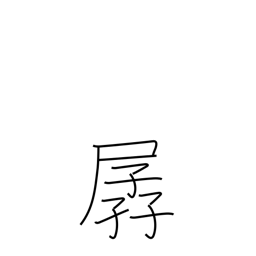
Meaning: weak